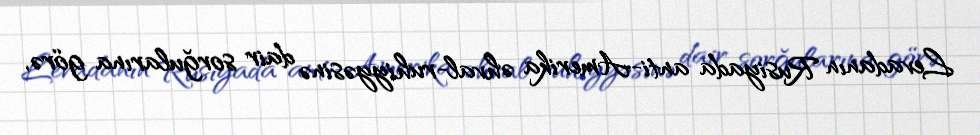
Levadanın Rusiyada anti-Amerika əhval-ruhiyyəsinə dair sorğularına görə,